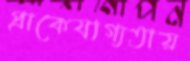
প্রাকেযাগ্যতায়